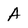
Character: A